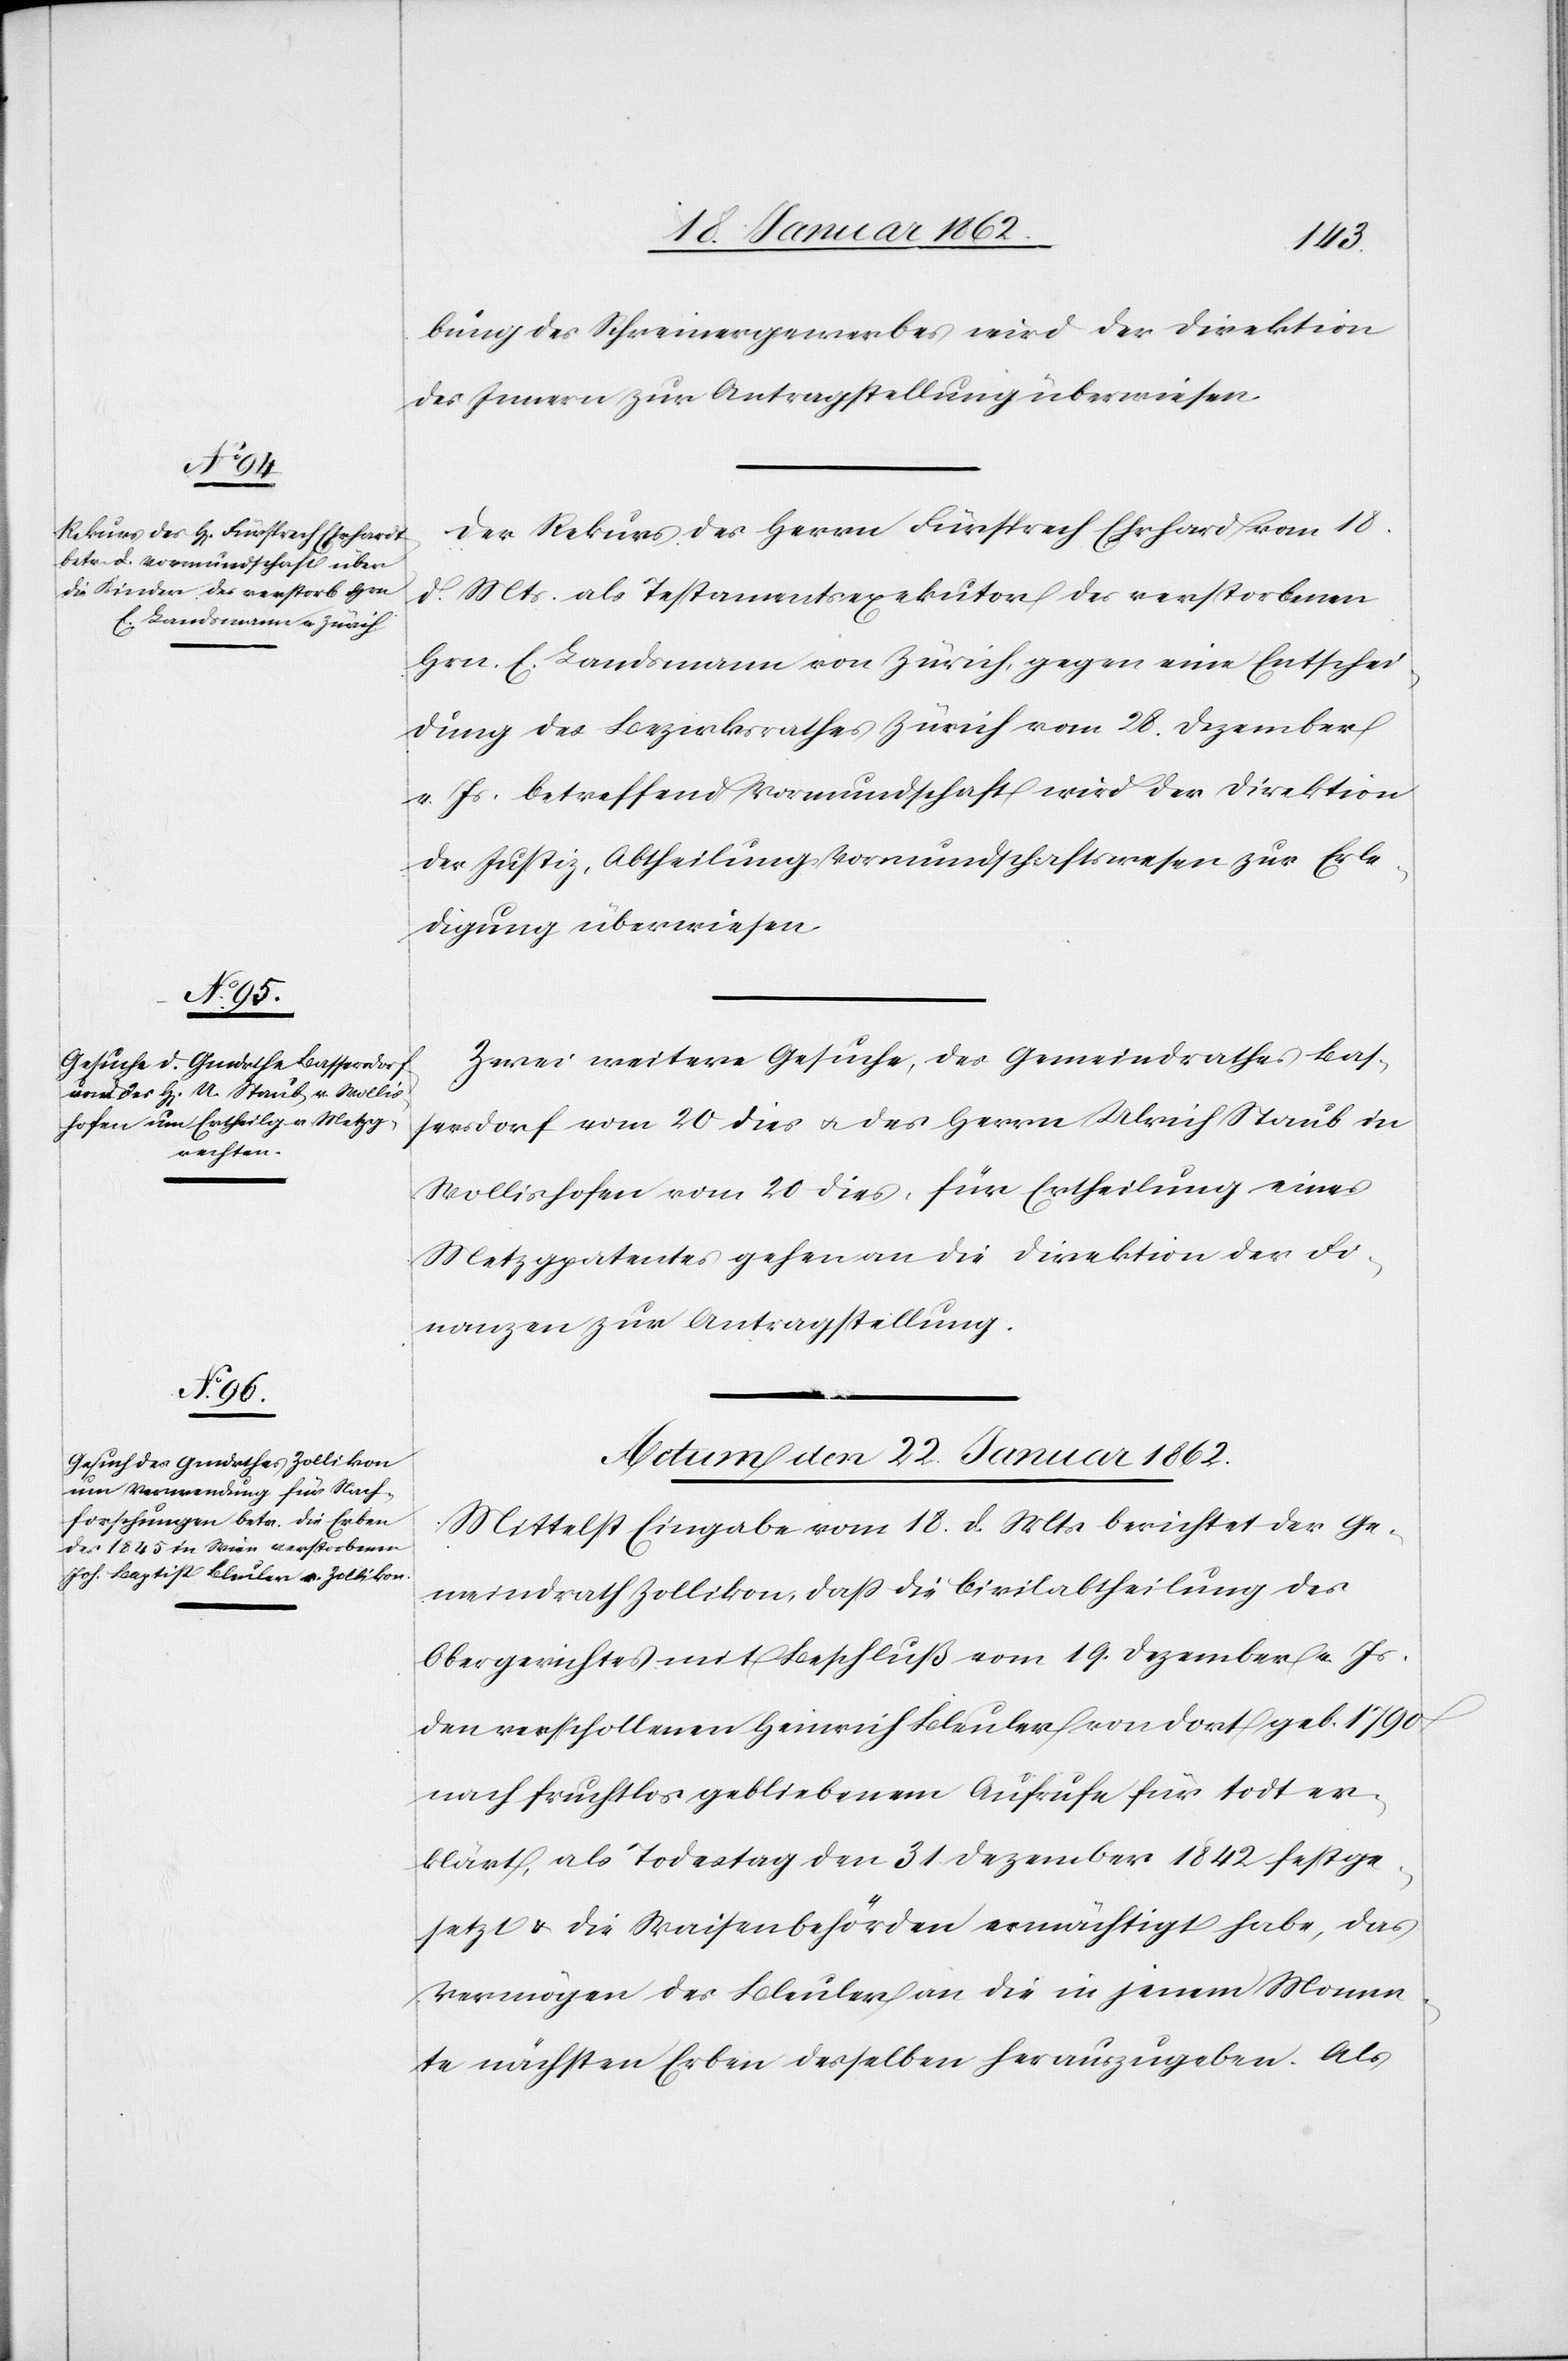
bung des Schreinergewerbes wird der Direktion
des Innern zur Antragstellung überwiesen.
Der Rekurs des Herrn Fürsprech Ehrhard [sic!] vom 18.
d. Mts. als Testamentsexekutor des verstorbenen
Hrn. E. Landsmann von Zürich, gegen eine Entschei¬
dung des Bezirksrathes Zürich vom 28. Dezember
v. Js. betreffend Vormundschaft wird der Direktion
der Justiz, Abtheilung Vormundschaftswesen zur Erle¬
digung überwiesen.
Zwei weitere Gesuche, des Gemeindrathes Bas¬
sersdorf vom 20 dies u. des Herrn Ulrich Staub in
Wollishofen vom 20 dies, für Ertheilung eines
Metzgpatentes gehen an die Direktion der Fi¬
nanzen zur Antragstellung.
Actum den 22. Januar 1862
Mittelst Eingabe vom 18. d. Mts berichtet der Ge¬
meindrath Zollikon, daß die Civilabtheilung des
Obergerichtes mit Beschluß vom 19. Dezember v. Js.
den verschollenen Heinrich Bleuler von dort geb. 1790
nach fruchtlos gebliebenem Aufrufe für todt er¬
klärt, als Todestag den 31 Dezember 1842 festge¬
setzt u. die Waisenbehörden ermächtigt habe, das
Vermögen des Bleuler an die in jenem Momen¬
te nächsten Erben desselben herauszugeben. Als